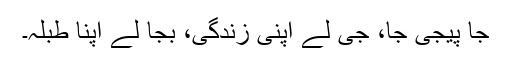
جا پیجی جا، جی لے اپنی زندگی، بجا لے اپنا طبلہ۔